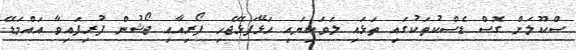
ސްކޫލަށް ގޮސް ޑެސްކުތަކުގައި ތަަޅައި ލަވަކިޔައި ހަޅޭފަޅޭޖެހި ފޯރިއާއި ޖޯޝުން ފުރިފައިވާ އައްމަޑޭ